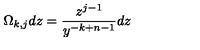
\Omega _ { k , j } d z = { \frac { z ^ { j - 1 } } { y ^ { - k + n - 1 } } } d z